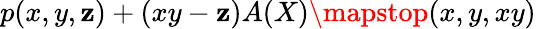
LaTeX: p(x,y,\mathbf{z})+(xy-\mathbf{z})A(X)\mapstop(x,y,xy)